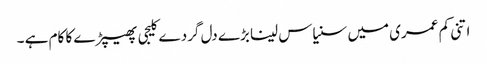
اتنی کم عمری میں سنیاس لینا بڑے دل گردے کلیجی پھیپڑے کا کام ہے ۔